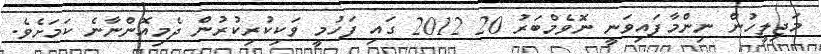
މަޖިލީހުން ނިންމާފައިވަނީ ނޮވެމްބަރު 20 2012 ގައި ފަހުމީ ވަކިކުރިކުރުން ދެމިއޮންނާނެ ކަމަށެވެ.